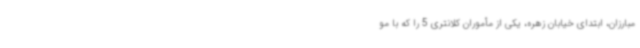
مبارزان، ابتدای خیابان زهره، یکی از مأموران کلانتری 5 را که با مو